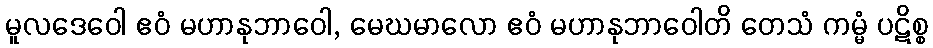
မူလဒေဝေါ ဧဝံ မဟာနုဘာဝေါ, မေဃမာလော ဧဝံ မဟာနုဘာဝေါတိ တေသံ ကမ္မံ ပဋိစ္စ